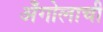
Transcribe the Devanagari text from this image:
अँगोलाची